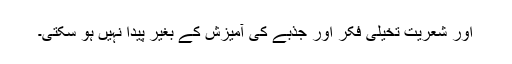
اور شعریت تخیلی فکر اور جذبے کی آمیزش کے بغیر پیدا نہیں ہو سکتی۔